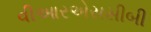
વીઆરએસસીબી